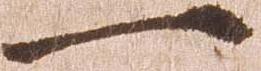
一